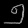
Digit: ၅